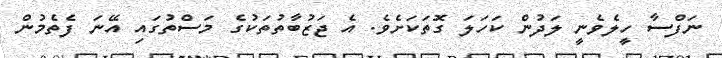
ނަފްސާ ހީލެވެނީ ލަދުން ކަހަލަ ގޮތަކަށެވެ. އެ ޖަޒުބާތުތަކުގެ މަސްތުގައި އޭނަ ފެތެމުން